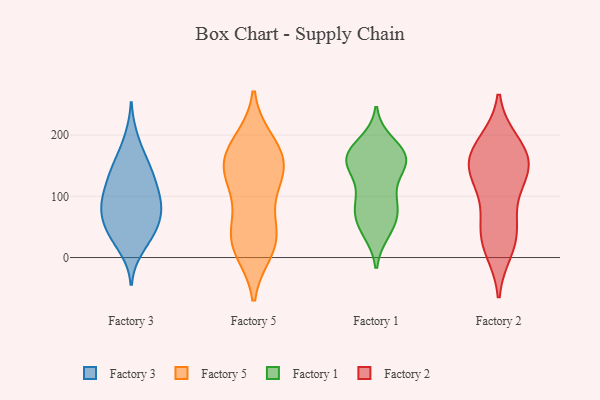
{"axis": {"x": "Backlog", "y": "Value"}, "legend": ["Factory 1", "Factory 2", "Factory 3", "Factory 5"], "data": [{"x": "", "y": 59, "type": "Factory 3"}, {"x": "", "y": 81, "type": "Factory 3"}, {"x": "", "y": 91, "type": "Factory 3"}, {"x": "", "y": 86, "type": "Factory 3"}, {"x": "", "y": 97, "type": "Factory 3"}, {"x": "", "y": 41, "type": "Factory 3"}, {"x": "", "y": 194, "type": "Factory 3"}, {"x": "", "y": 119, "type": "Factory 3"}, {"x": "", "y": 49, "type": "Factory 3"}, {"x": "", "y": 163, "type": "Factory 3"}, {"x": "", "y": 93, "type": "Factory 3"}, {"x": "", "y": 58, "type": "Factory 3"}, {"x": "", "y": 15, "type": "Factory 3"}, {"x": "", "y": 134, "type": "Factory 3"}, {"x": "", "y": 139, "type": "Factory 3"}, {"x": "", "y": 31, "type": "Factory 3"}, {"x": "", "y": 144, "type": "Factory 3"}, {"x": "", "y": 119, "type": "Factory 5"}, {"x": "", "y": 50, "type": "Factory 5"}, {"x": "", "y": 11, "type": "Factory 5"}, {"x": "", "y": 56, "type": "Factory 5"}, {"x": "", "y": 22, "type": "Factory 5"}, {"x": "", "y": 14, "type": "Factory 5"}, {"x": "", "y": 167, "type": "Factory 5"}, {"x": "", "y": 186, "type": "Factory 5"}, {"x": "", "y": 190, "type": "Factory 5"}, {"x": "", "y": 119, "type": "Factory 5"}, {"x": "", "y": 35, "type": "Factory 5"}, {"x": "", "y": 132, "type": "Factory 5"}, {"x": "", "y": 166, "type": "Factory 5"}, {"x": "", "y": 149, "type": "Factory 5"}, {"x": "", "y": 147, "type": "Factory 5"}, {"x": "", "y": 151, "type": "Factory 1"}, {"x": "", "y": 81, "type": "Factory 1"}, {"x": "", "y": 155, "type": "Factory 1"}, {"x": "", "y": 171, "type": "Factory 1"}, {"x": "", "y": 56, "type": "Factory 1"}, {"x": "", "y": 89, "type": "Factory 1"}, {"x": "", "y": 145, "type": "Factory 1"}, {"x": "", "y": 161, "type": "Factory 1"}, {"x": "", "y": 68, "type": "Factory 1"}, {"x": "", "y": 170, "type": "Factory 1"}, {"x": "", "y": 42, "type": "Factory 1"}, {"x": "", "y": 166, "type": "Factory 1"}, {"x": "", "y": 171, "type": "Factory 1"}, {"x": "", "y": 102, "type": "Factory 1"}, {"x": "", "y": 45, "type": "Factory 1"}, {"x": "", "y": 138, "type": "Factory 1"}, {"x": "", "y": 86, "type": "Factory 1"}, {"x": "", "y": 187, "type": "Factory 1"}, {"x": "", "y": 33, "type": "Factory 2"}, {"x": "", "y": 186, "type": "Factory 2"}, {"x": "", "y": 13, "type": "Factory 2"}, {"x": "", "y": 169, "type": "Factory 2"}, {"x": "", "y": 152, "type": "Factory 2"}, {"x": "", "y": 188, "type": "Factory 2"}, {"x": "", "y": 124, "type": "Factory 2"}, {"x": "", "y": 57, "type": "Factory 2"}, {"x": "", "y": 64, "type": "Factory 2"}, {"x": "", "y": 158, "type": "Factory 2"}, {"x": "", "y": 156, "type": "Factory 2"}, {"x": "", "y": 134, "type": "Factory 2"}, {"x": "", "y": 22, "type": "Factory 2"}, {"x": "", "y": 124, "type": "Factory 2"}]}